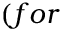
( f o r